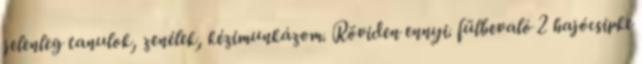
jelenleg tanulok, zenélek, kézimunkázom. Röviden ennyi. fülbevaló 2 hajócsipke